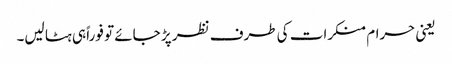
یعنی حرام منکرات کی طرف نظر پڑ جائے تو فوراً ہی ہٹا لیں۔